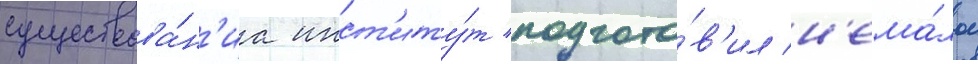
существова́н'иа инст'иту́т подгото́в'ил н'ема́лое